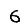
Digit: 6